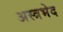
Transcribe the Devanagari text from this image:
अस्त्रभेद